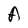
Character: A